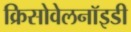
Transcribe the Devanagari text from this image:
क्रिसोवेलनॉइडी